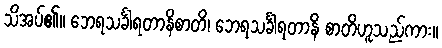
သိအပ်၏။ ဘေရသင်္ခါရတာနိစာတိ၊ ဘေရသင်္ခါရတာနိ စာတိဟူသည်ကား။